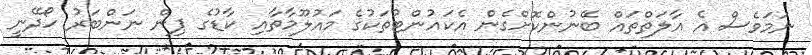
ނަމަވެސް އެ އާލަތްތައް ބޭނުންކޮށްގެން އެކައުންޓުތަކުގެ މައުލޫމާތާއި ކާޑުގެ ޕިން ނަންބަރު ހޯދޭނީ